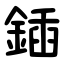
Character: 鍤